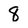
Character: 8